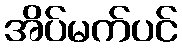
အိပ်မက်ပင်